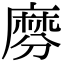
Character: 𪎕